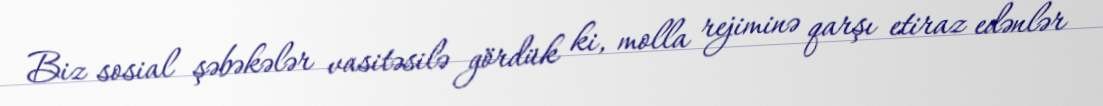
Biz sosial şəbəkələr vasitəsilə gördük ki, molla rejiminə qarşı etiraz edənlər